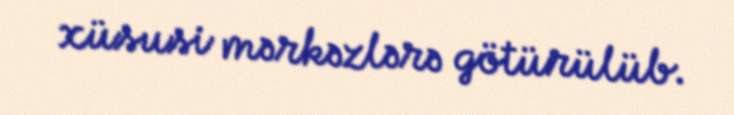
xüsusi mərkəzlərə götürülüb.